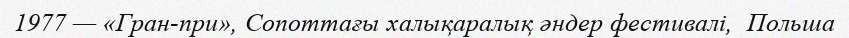
1977 — «Гран-при», Сопоттағы халықаралық әндер фестивалі,  Польша